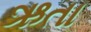
ઋતા